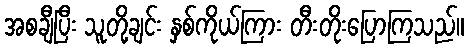
အစချီပြီး သူတို့ချင်း နှစ်ကိုယ်ကြား တီးတိုးပြောကြသည်။